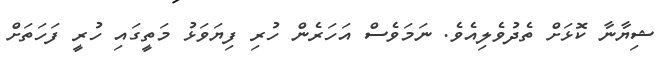
ޝިޔާނާ ކޮޅަށް ތެދުވެލިއެވެ. ނަމަވެސް އަހަރެން ހުރި ފިޔަވަޅު މަތީގައި ހުރީ ފަހަތަށް